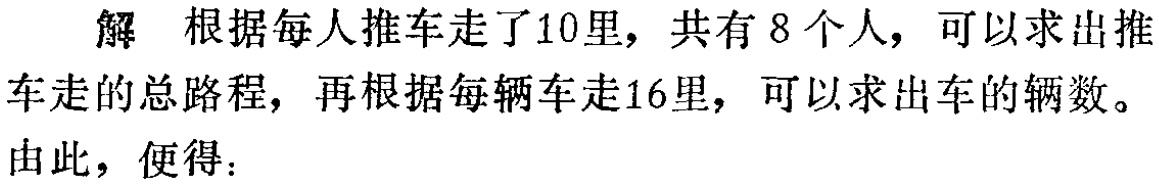
解 根据每人推车走了10里，共有8个人，可以求出推车走的总路程，再根据每辆车走16里，可以求出车的辆数。

由此，便得：